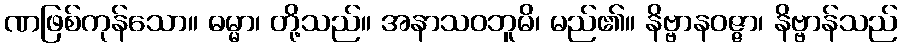
ဏဖြစ်ကုန်သော။ ဓမ္မာ၊ တို့သည်။ အနာသဝဘူမိ၊ မည်၏။ နိဗ္ဗာနဝဇ္ဇာ၊ နိဗ္ဗာန်သည်